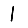
Digit: 1